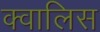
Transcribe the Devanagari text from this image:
क्वालिस